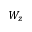
W _ { z }